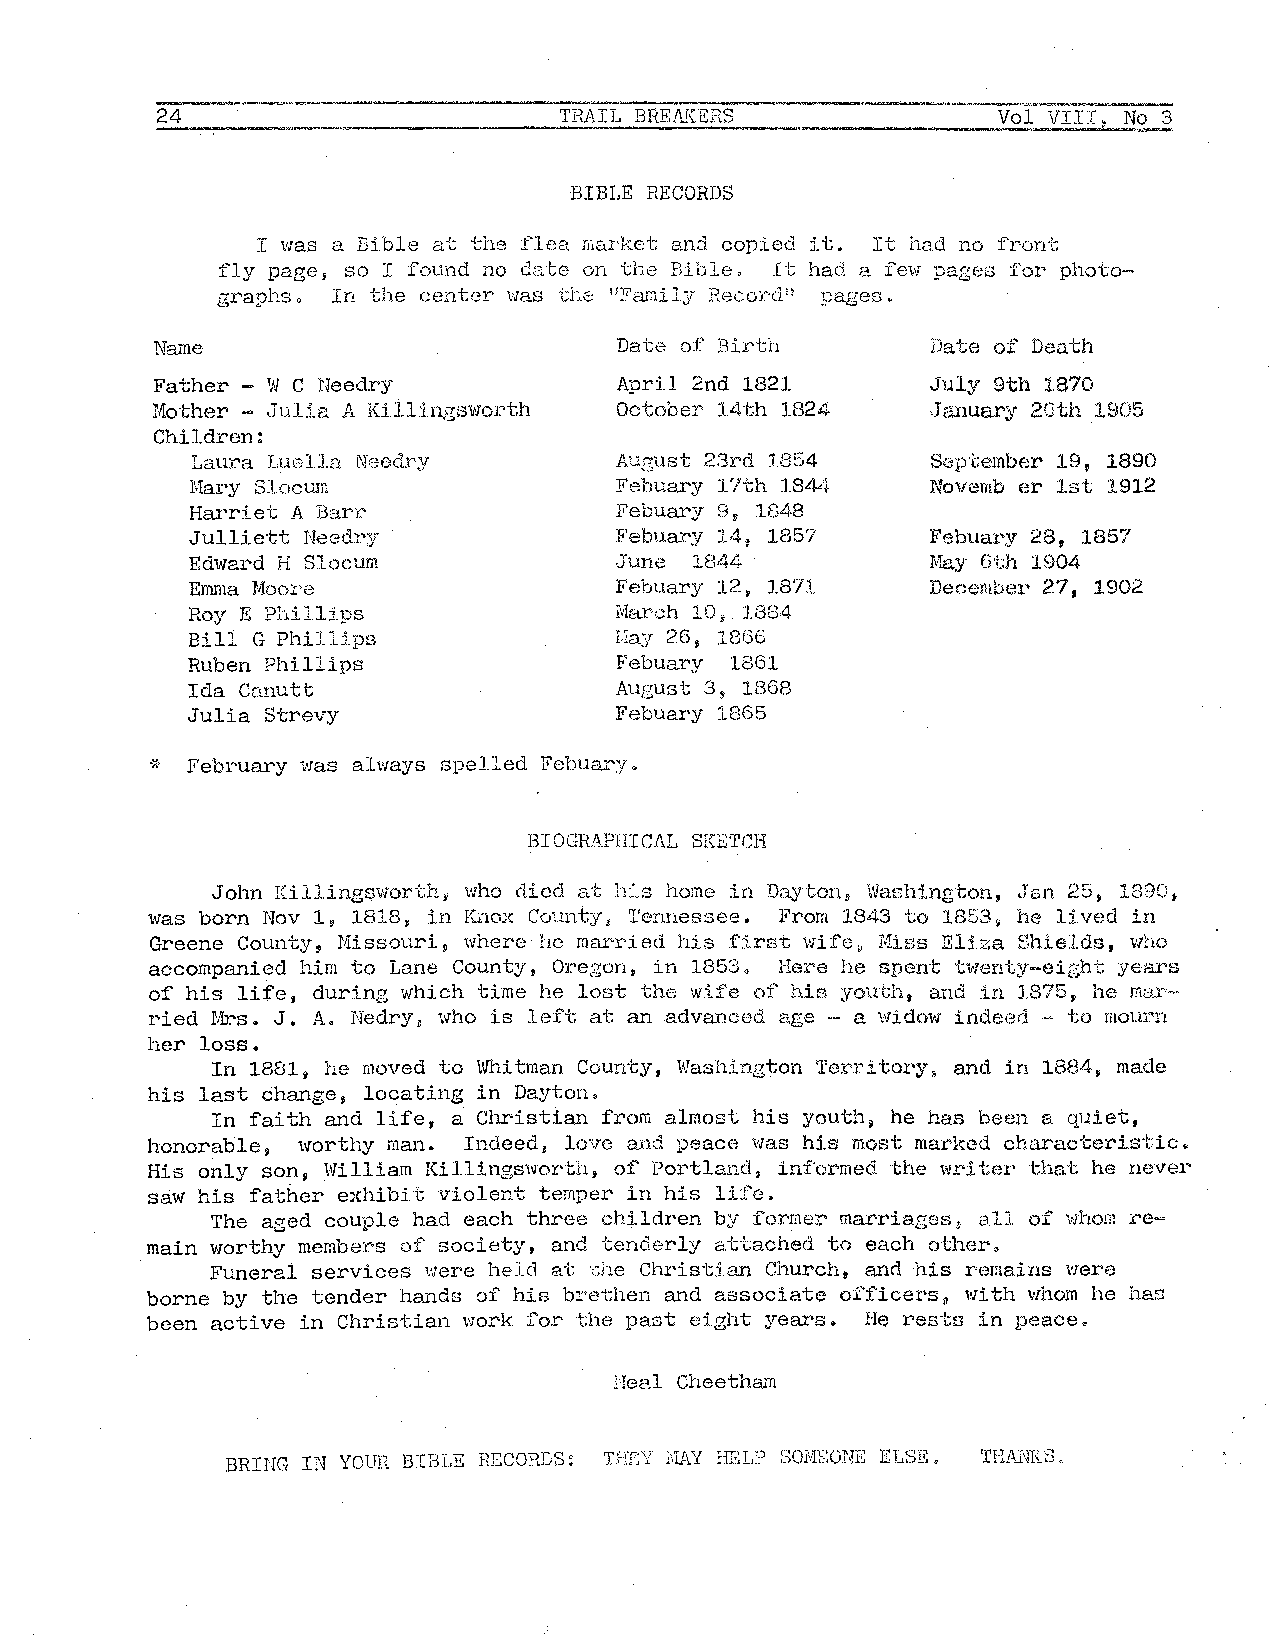
24                         TRAIL BREA}{ERS              Vol VIII, No 3
 BIBLE RECORDS
 I was a Bible at the flea market and copied it. It had no front
 fly page, so I found no date on the Bible, It had a few pages for photo
 graphs. In the center was the "Family Record" pages.
 Name                           Date of Birth        Date of Death
 Father - WC rJeedry            April 2nd 1821       J"uly 9th 1870
 Mother - Julia A Ki1Hngsworth  October 14th J.824   January 26th 1905
 Children:
 Laura Luella Needry         August 23rd 18~')4   September 19, 1890
 Mary Slocum                 Febuary 17th 1844    November 1st 1912
 Harriet A Barr              Febuary 9, 1848
 Julliett Needry             Febuary 14, 1857     Febuary 28, 1857
 Edward H Slocum             June 1844            May 6th 1904
 Emma Moore                  Febuary 12, 1871     December 27, 1902
 Roy E Phillips              March 10s 1884
 Bill G Phillips              Hay 26, 1866
 Ruben Phillips              Febuary 1861
 Ida Canutt                   August 3v 1.868
 Julia Strevy                 Febuary 1865
 ~* February \/'las alv1ays Gpelled Febuar:v ~
 BIOGRAPHICAL SKETCH
 John Killingsworth, who died at his home in Dayton, Washington, .J'a.n 25, 1890.
 was born Nov 1, 1818, in Knox County; Tennessee. From 1843 to 1853, he lived in
 Greene County, Missouri, where he married his first wife, Miss Eliza Shields, who
 accompanied him to Lane County, Oregon, in 1853. Here he spent twenty-eight years
 of his life, during which time he lost the wife of hi s youth, arid in 1875, he mar
 ried Mrs. J. A. Nedry, who is left at an advanced age ·- a widow indeed ·- to mourn
 her loss.
 In 1881j he moved to Whitman County, Washington Territory, and in 1884, made
 his last change, locating in Dayton.
 In faith and life, a Christian from almost his youth~ he has been a quiet,
 honorable, worthy man. Indeed, love and peace was his most marked chc'U'acteristic.
 His only son, William Killingsworth, of Portland~ inf'ormed the writer that he never
 saw his father exhibit violent temper in his life.
 The aged couple had each three children by former marriages~ all. of whom re
 main worthy members of society, and tenderly attached to each other,
 Funeral services were held at the Christian Church, and his remains were
 borne by the tender hands of his brethen and associate officers, with whom he has
 been active in Christian work for the past eight years. He rests in peace.
 Neal Cheetham
 BRING IN YOUR BIBLE RECORDS: THK1 r,IAY HELP ~:;OME:ONE ELSE. THANKS.